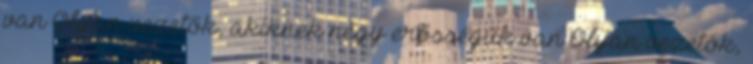
van Olyan vezetők, akiknek négy erősségük van Olyan vezetők,